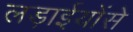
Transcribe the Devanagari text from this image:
लड़ाईयोंसे